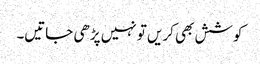
کوشش بھی کریں تو نہیں پڑھی جاتیں۔